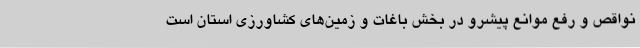
نواقص و رفع موانع پیشرو در بخش باغات و زمین‌های کشاورزی استان است